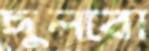
ছুলবো